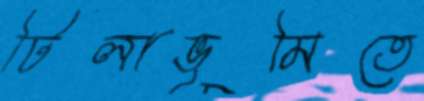
টিলাভূমিতে